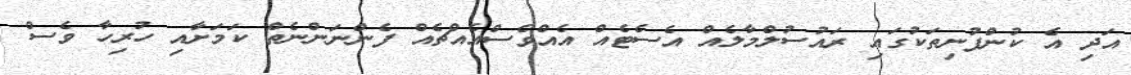
އަދި އެ ކުންފުނިތަކުގައި ރައުސުލްމާލެއް އެސެޓެއް އެއްވެސްއެއްޗެއް ފެންނަންނެތް ކަމަށާއި ހުރިހާ ވެސް